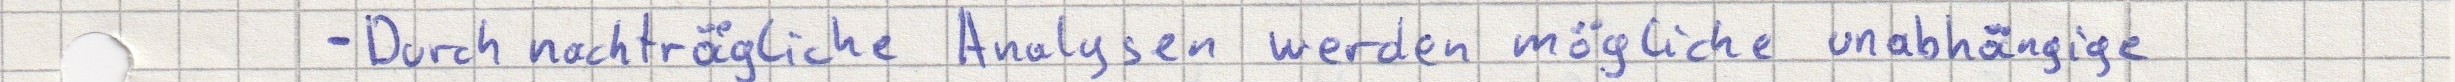
- Durch nachträgliche Analysen werden mögliche unabhängige